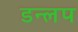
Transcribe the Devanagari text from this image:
डन्लप